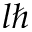
l \hbar